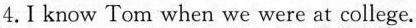
4. I know Tom when we were at college.